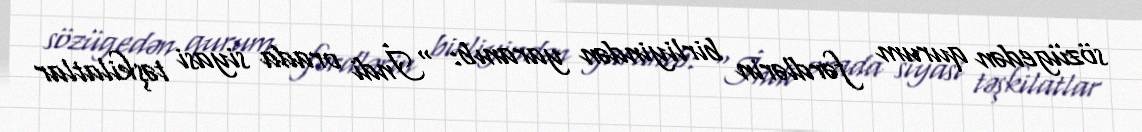
sözügedən qurum fərdlərin birliyindən yaranıb: “İndi orada siyasi təşkilatlar